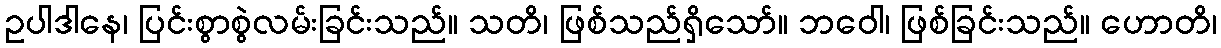
ဥပါဒါနေ၊ ပြင်းစွာစွဲလမ်းခြင်းသည်။ သတိ၊ ဖြစ်သည်ရှိသော်။ ဘဝေါ၊ ဖြစ်ခြင်းသည်။ ဟောတိ၊